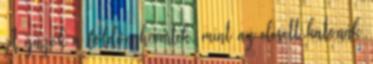
A gazok a földön hevertek, mint az elesett katonák